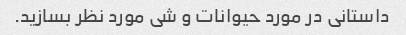
داستانی در مورد حیوانات و شی مورد نظر بسازید.